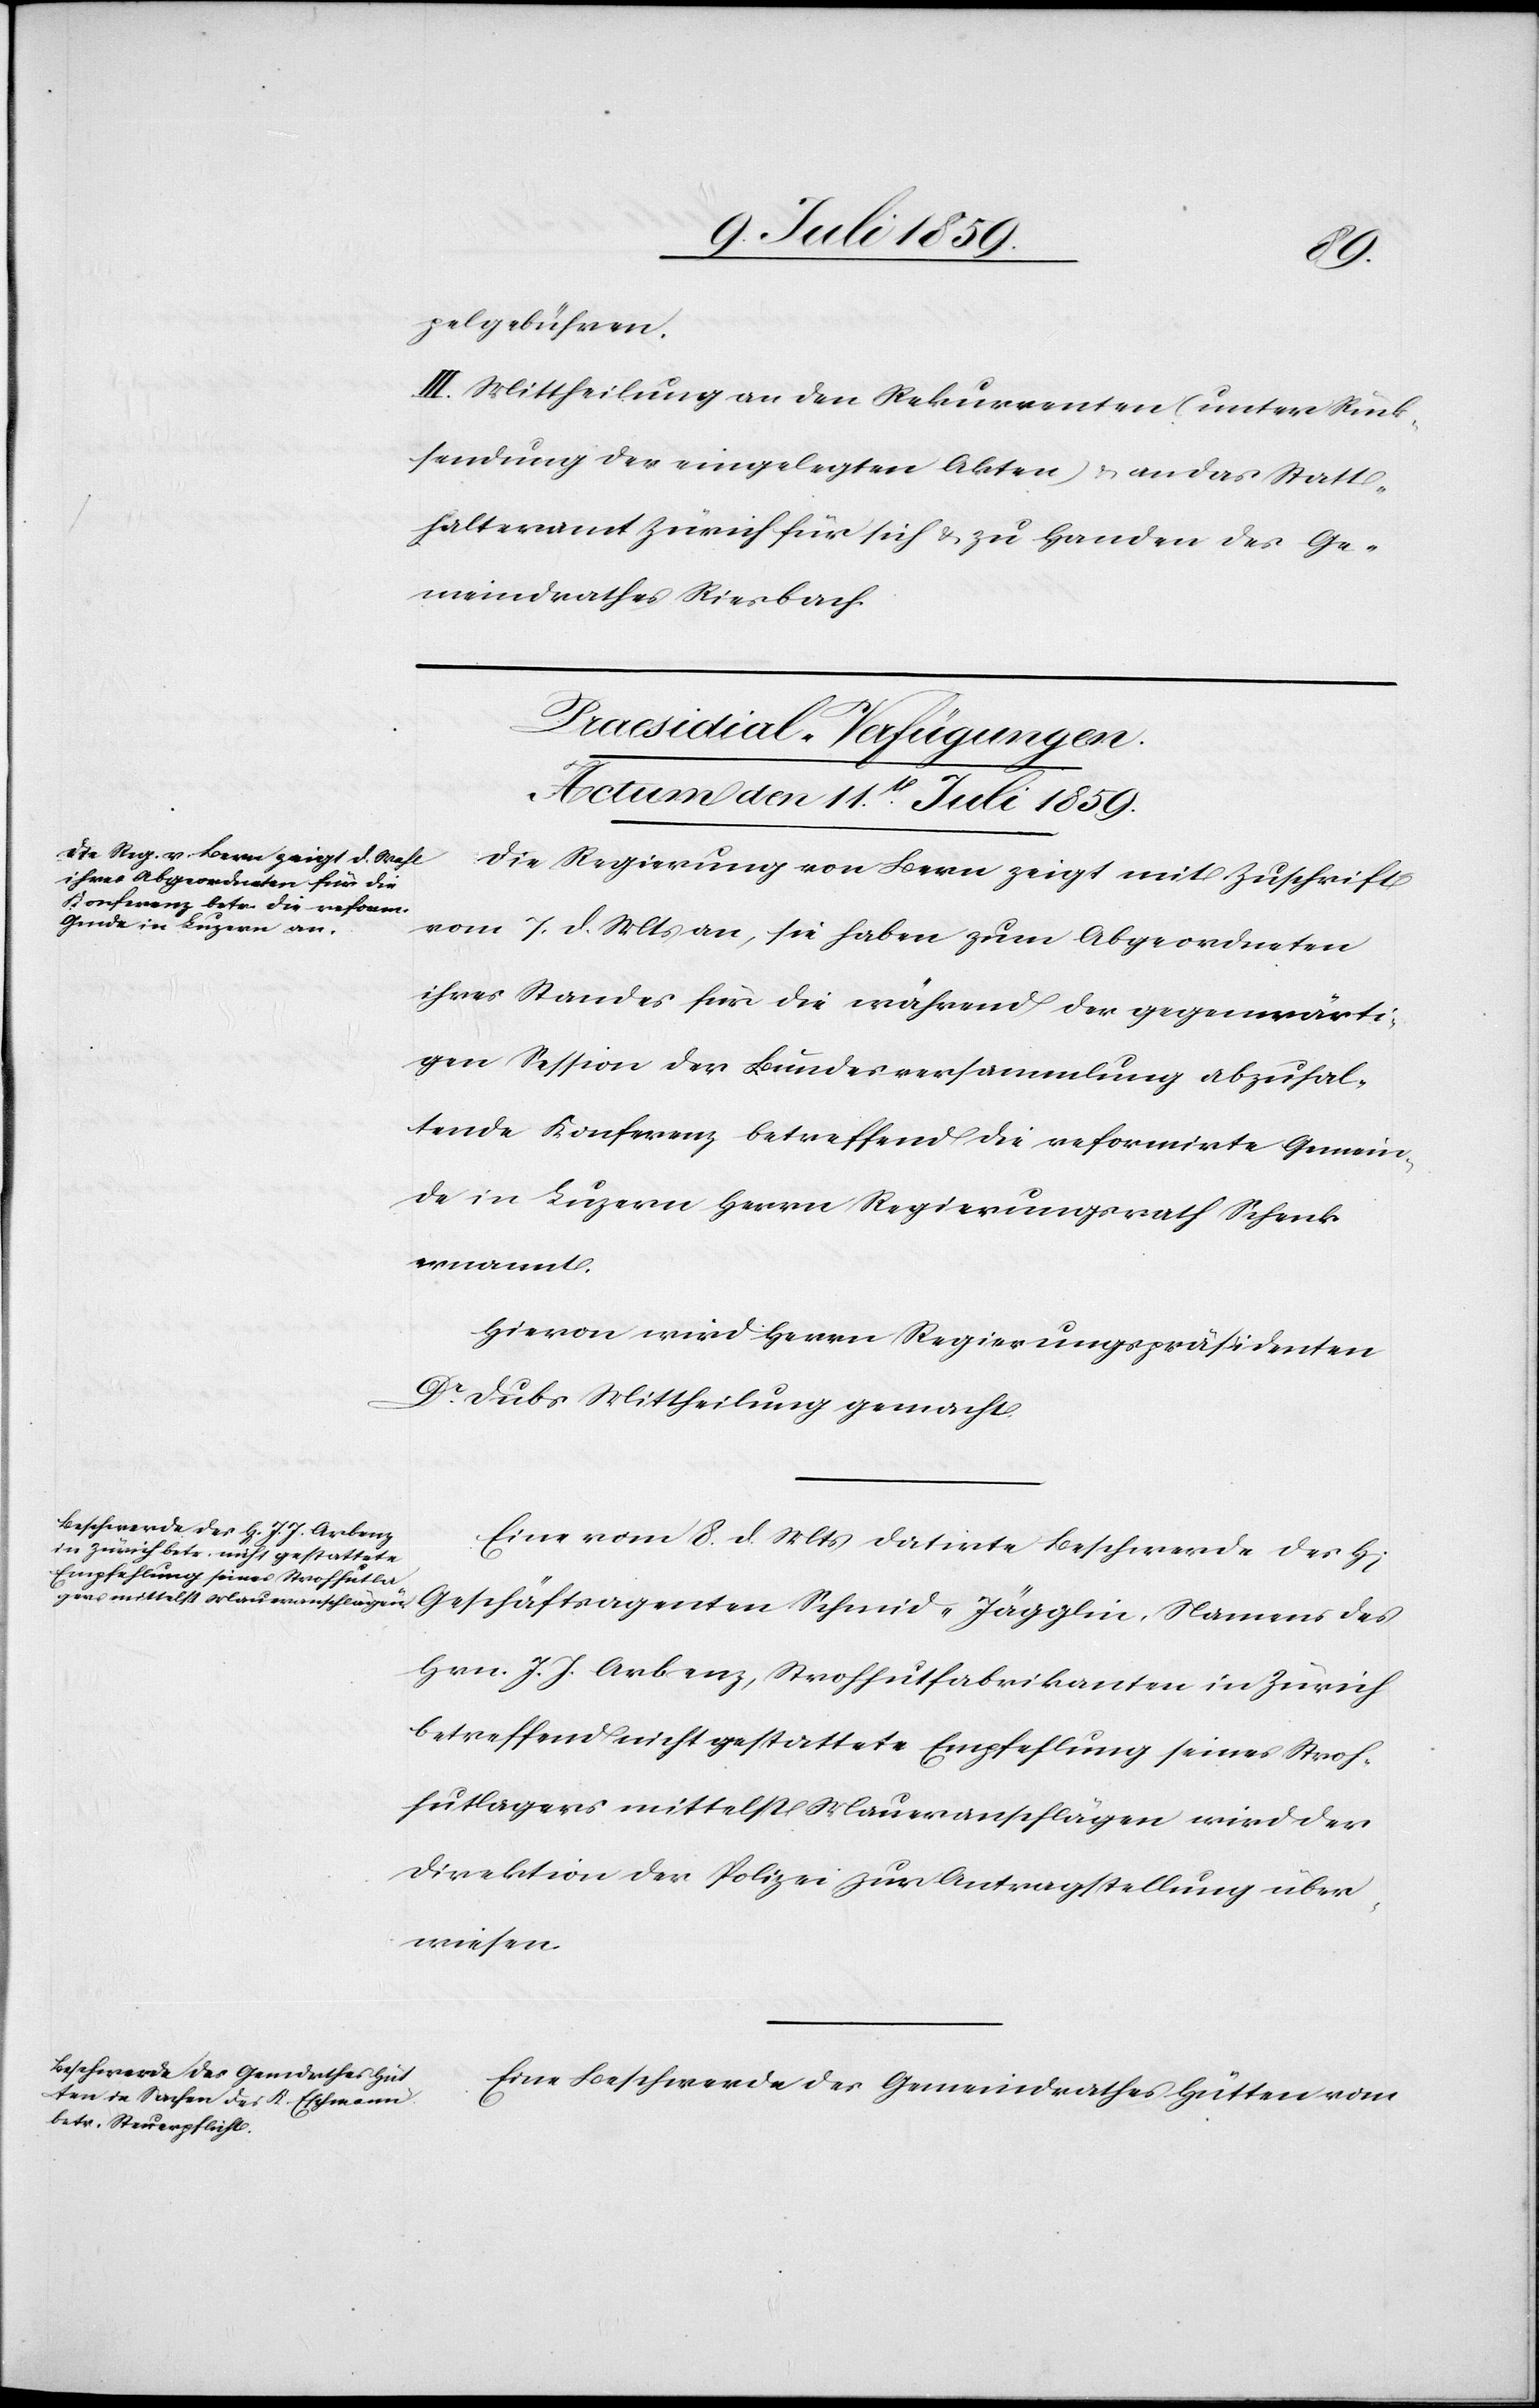
rrn]
pelgebühren.
III. Mittheilung an den Rekurrenten (unter Rück¬
sendung der eingelegten Akten) u. an das Statt¬
halteramt Zürich für sich u. zu Handen des Ge¬
meindrathes Riesbach.
[Praesidial-Verfügungen.
Actum den 11t[en]. Juli 1859.]
Die Regierung von Bern zeigt mit Zuschrift
vom 7. d. Mts. an, sie haben zum Abgeordneten
ihres Standes für die während der gegenwärti¬
gen Session der Bundesversammlung abzuhal¬
tende Konferenz betreffend die reformirte Gemein¬
de in Luzern Herrn Regierungsrath Schenk
ernannt.
Hievon wird Herrn Regierungspräsidenten
Dr. Dubs Mittheilung gemacht.
Eine vom 8. d. Mts. datirte Beschwerde des H[e¬
Geschäftsagenten Schmid-Jägglin, Namens des
Hrn. J. J. Arbenz, Strohhutfabrikanten in Zürich
betreffend nicht gestattete Empfehlung seines Stroh¬
hutlagers mittelst Maueranschlägen wird der
Direktion der Polizei zur Antragstellung über¬
wiesen.
Eine Beschwerde des Gemeindrathes Hütten vom